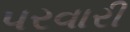
પરવારી